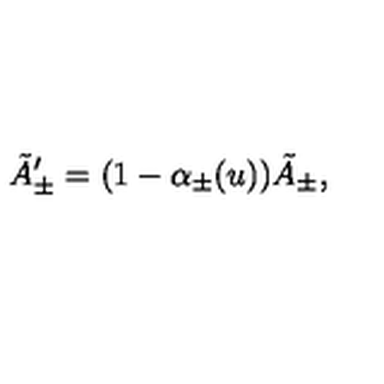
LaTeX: \tilde { A } _ { \pm } ^ { \prime } = ( 1 - \alpha _ { \pm } ( u ) ) \tilde { A } _ { \pm } ,